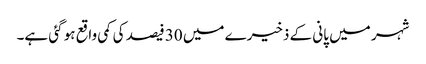
شہر میں پانی کے ذخیرے میں 30 فیصد کی کمی واقع ہو گئی ہے۔